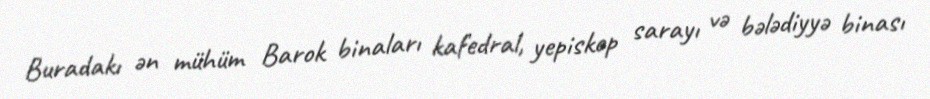
Buradakı ən mühüm Barok binaları kafedral, yepiskop sarayı və bələdiyyə binası